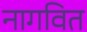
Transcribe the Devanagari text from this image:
नागवित